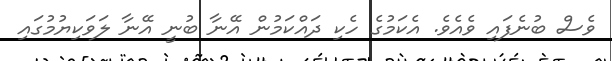
ވެސް ބުނެފައި ވެއެވެ. އެކަމުގެ ހެކި ދައްކަމުން އޭނާ ބުނީ އޭނާ ލަވަކިޔުމުގައި